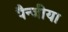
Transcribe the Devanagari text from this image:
पैन्जीया